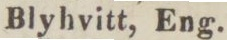
Blyhvitt, Eng.